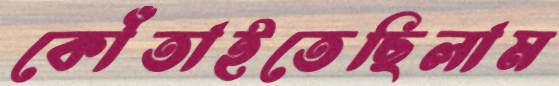
কোঁতাইতেছিলাম